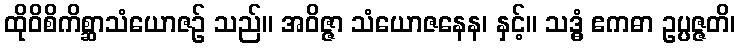
ထိုဝိစိကိစ္ဆာသံယောဇဉ် သည်။ အဝိဇ္ဇာ သံယောဇနေန၊ နှင့်။ သဒ္ဓံ ဧကဓာ ဥပ္ပဇ္ဇတိ၊